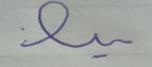
Signature authenticity: forged